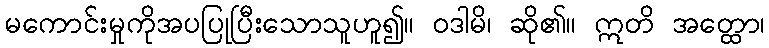
မကောင်းမှုကိုအပပြုပြီးသောသူဟူ၍။ ဝဒါမိ၊ ဆို၏။ ဣတိ အတ္ထော၊